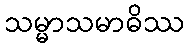
သမ္မာသမာဓိဿ